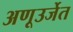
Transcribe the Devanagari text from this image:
अणूउर्जेत